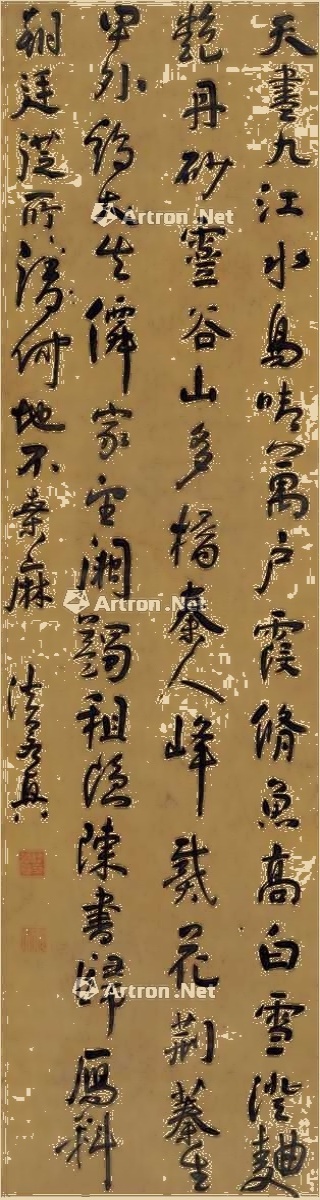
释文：天尽九江水，鸟晴万户霞。修鱼高白雪，澄曲艳丹砂。灵谷山多橘，秦人峰戴花。荆蓁生甲外，鸡犬失仙家。望阙蠲租隐，陈书归雁斜。朝廷从所请，何地不桑麻。法若真。